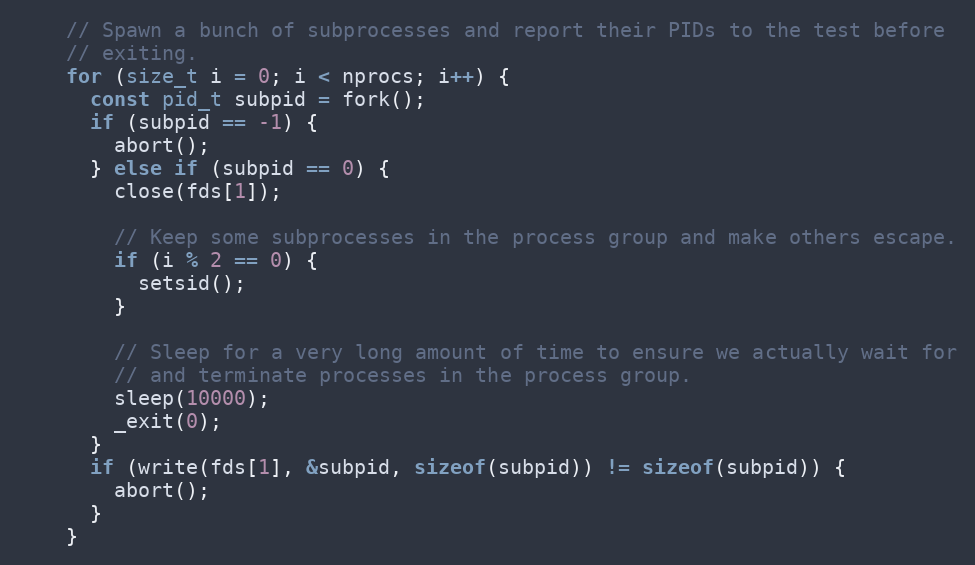
Language: C++
    // Spawn a bunch of subprocesses and report their PIDs to the test before
    // exiting.
    for (size_t i = 0; i < nprocs; i++) {
      const pid_t subpid = fork();
      if (subpid == -1) {
        abort();
      } else if (subpid == 0) {
        close(fds[1]);

        // Keep some subprocesses in the process group and make others escape.
        if (i % 2 == 0) {
          setsid();
        }

        // Sleep for a very long amount of time to ensure we actually wait for
        // and terminate processes in the process group.
        sleep(10000);
        _exit(0);
      }
      if (write(fds[1], &subpid, sizeof(subpid)) != sizeof(subpid)) {
        abort();
      }
    }